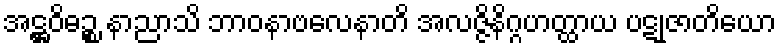
အဋ္ဌဝိဓဉ္စ နာညာသိ ဘာဝနာဗလေနာတိ အလဇ္ဇိနိဂ္ဂဟတ္ထာယ ပဋုဇာတိယော